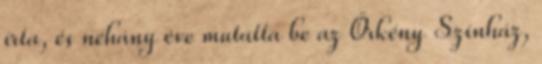
írta, és néhány éve mutatta be az Örkény Színház,